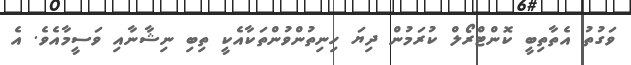
ވަގުތު އެތާތިބީ ކޮންޓްރޯލް ކުރަމުން ދިޔަ ހިނިތުންވުންތަކާއެކީ ތިބި ނިޝާނާއި ވަސީމާއެވެ. އެ